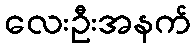
လေးဦးအနက်